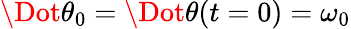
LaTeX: \Dot{\theta}_{0}=\Dot{\theta}(t=0)=\omega_{0}